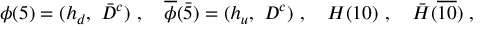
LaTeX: \phi ( 5 ) = ( h _ { d } , ~ \bar { D } ^ { c } ) ~ , ~ ~ ~ \overline { { { \phi } } } ( \bar { 5 } ) = ( h _ { u } , ~ D ^ { c } ) ~ , ~ ~ ~ H ( 1 0 ) ~ , ~ ~ ~ \bar { H } ( \overline { { { 1 0 } } } ) ~ ,